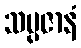
သမ္ပဇာနံ